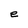
Character: e